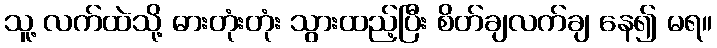
သူ့ လက်ထဲသို့ ဓားတုံးတုံး သွားထည့်ပြီး စိတ်ချလက်ချ နေ၍ မရ။